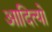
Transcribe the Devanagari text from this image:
आदित्यो